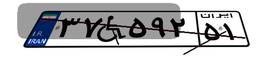
۳۷W۵۹۲۵۱